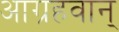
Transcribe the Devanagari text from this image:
आग्रहवान्‌